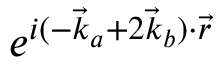
e ^ { i ( - \vec { k } _ { a } + 2 \vec { k } _ { b } ) \cdot \vec { r } }